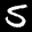
Label: 5